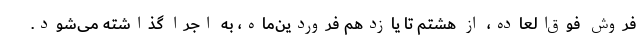
فروش فوق‌العاده، از هشتم تا یازدهم فروردین‌ماه، به اجرا گذاشته می‌شود.